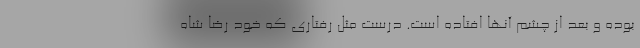
بوده و بعد از چشم آنها افتاده است. درست مثل رفتاری که خود رضا شاه